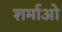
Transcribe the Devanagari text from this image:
शर्माओ